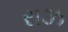
રાઝ